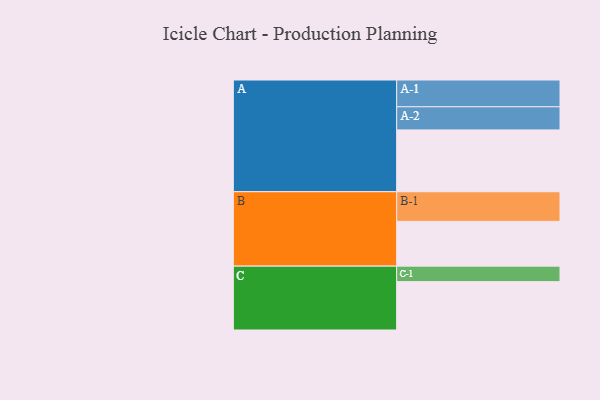
{"axis": {"x": "Segment", "y": "Value"}, "legend": ["", "A", "B", "C"], "data": [{"x": "A", "y": 598, "type": ""}, {"x": "B", "y": 433, "type": ""}, {"x": "C", "y": 468, "type": ""}, {"x": "A-1", "y": 259, "type": "A"}, {"x": "A-2", "y": 224, "type": "A"}, {"x": "B-1", "y": 287, "type": "B"}, {"x": "C-1", "y": 150, "type": "C"}]}